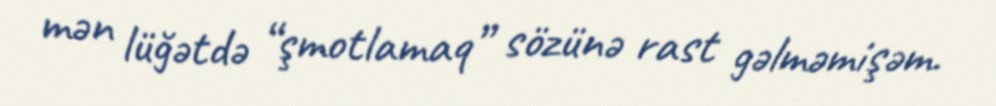
mən lüğətdə “şmotlamaq” sözünə rast gəlməmişəm.